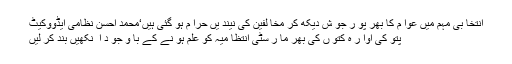
انتخا بی مہم میں عوا م کا بھر پو ر جو ش دیکھ کر مخا لفین کی نیند یں حرا م ہو گئی ہیں‘محمد احسن نظامی ایڈووکیٹ
پتو کی آوا ر ہ کتو ں کی بھر ما ر سٹی انتظا میہ کو علم ہو نے کے با و جو د ا ٓ نکھیں بند کر لیں